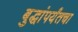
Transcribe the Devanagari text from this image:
बुद्धांपर्यंतचा